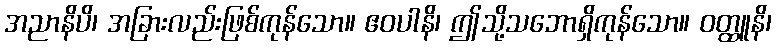
အညာနိပိ၊ အခြားလည်းဖြစ်ကုန်သော။ ဧဝပါနိ၊ ဤသို့သဘောရှိကုန်သော။ ဝတ္ထူနိ၊